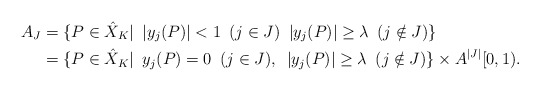
\begin{align*}A_J& =\{P\in \hat{X}_K|\,\,\, |y_j(P)|<1 \,\,\,(j\in J)\,\,\, |y_j(P)|\geq \lambda\,\,\, (j \notin J) \} \\ & = \{P\in \hat{X}_K|\,\,\, y_j(P)=0 \,\,\,(j\in J),\,\,\,|y_j(P)|\geq \lambda\,\,\, (j \notin J)\}\times A^{|J|}[0,1). \end{align*}